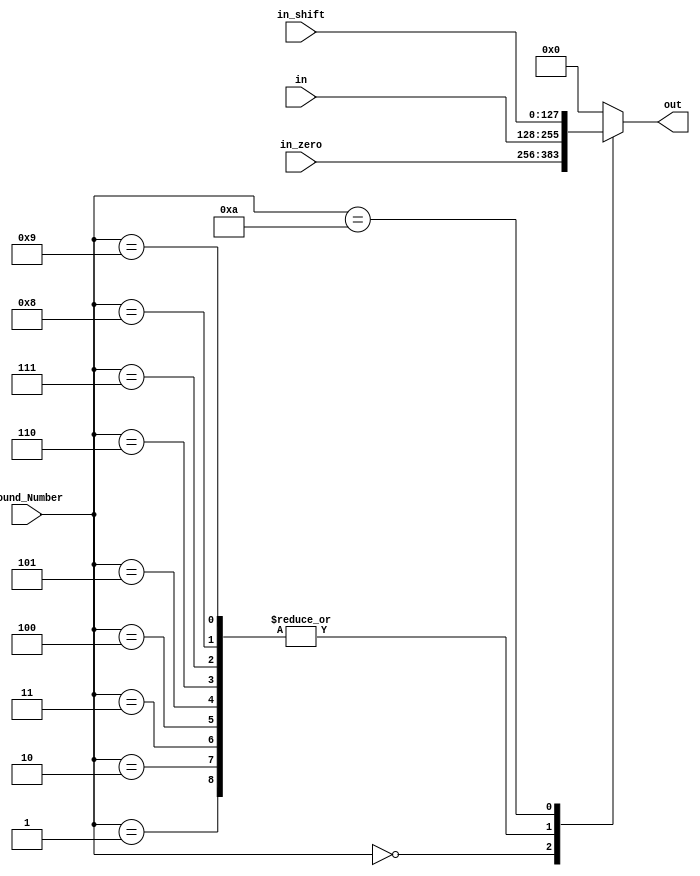
module Mux_3to1 # ( parameter BYTE = 8 , parameter WORD = 32, parameter SENTENCE = 128 )
(input [ 3 : 0 ] Round_Number , input [ SENTENCE-1 : 0 ] in , input [ SENTENCE-1 : 0 ] in_shift ,  input [ SENTENCE-1 : 0 ] in_zero , output reg [ SENTENCE-1 : 0 ] out ) ;

// mux 3 to 1 about what input will go to 'add_round_key' module with switch case
always @ ( Round_Number or in_shift or in_zero or in ) begin
	case ( Round_Number )
		4'd 0: out = in_zero ;
		4'd 01: out = in ;
		4'd 02: out = in ;
		4'd 03: out = in ;
		4'd 04: out = in ;
		4'd 05: out = in ;
		4'd 06: out = in ;
		4'd 07: out = in ;
		4'd 08: out = in ;
		4'd 09: out = in ;
		4'd 10: out = in_shift ;
		default : out = 128'b0 ;
	endcase
end
endmodule